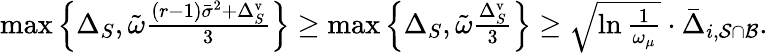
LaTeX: \begin{array}{r}{\operatorname*{max}\left\{ \Delta_{S},\tilde{\omega}\frac{(r-1)\bar{\sigma}^{2}+\Delta_{S}^{\mathrm{v}}}{3}\right\} \geq\operatorname*{max}\left\{ \Delta_{S},\tilde{\omega}\frac{\Delta_{S}^{\mathrm{v}}}{3}\right\} \geq\sqrt{\ln\frac{1}{\omega_{\mu}}}\cdot\bar{\Delta}_{i,\mathcal{S}\cap\mathcal{B}}.}\end{array}